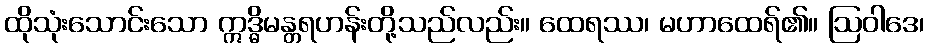
ထိုသုံးသောင်းသော ဣဒ္ဓိမန္တရဟန်းတို့သည်လည်း။ ထေရဿ၊ မဟာထေရ်၏။ ဩဝါဒေ၊